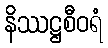
နိဿဋ္ဌစီဝရံ